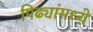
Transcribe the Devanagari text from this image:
पिढ्यांमध्ये